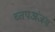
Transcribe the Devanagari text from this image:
च्तपअंजम